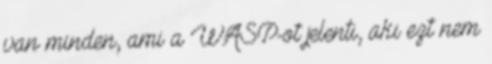
van minden, ami a WASP-ot jelenti, aki ezt nem